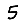
Digit: 5